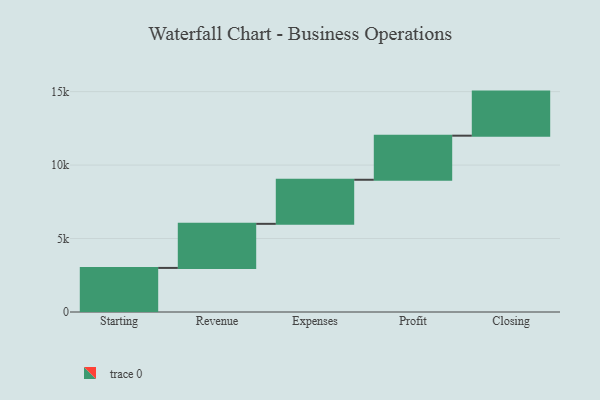
{"axis": {"x": "Step", "y": "Value"}, "legend": [""], "data": [{"x": "Starting", "y": 3000, "type": ""}, {"x": "Revenue", "y": 3000, "type": ""}, {"x": "Expenses", "y": 3000, "type": ""}, {"x": "Profit", "y": 3000, "type": ""}, {"x": "Closing", "y": 3000, "type": ""}]}